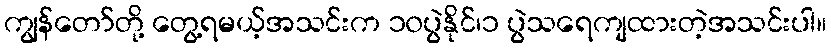
ကျွန်တော်တို့ တွေ့ရမယ့်အသင်းက ၁၀ပွဲနိုင်၊၁ ပွဲသရေကျထားတဲ့အသင်းပါ။